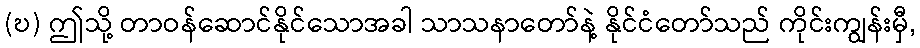
(ဎ) ဤသို့ တာဝန်ဆောင်နိုင်သောအခါ သာသနာတော်နဲ့ နိုင်ငံတော်သည် ကိုင်းကျွန်းမှီ,